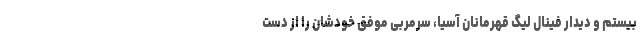
بیستم و دیدار فینال لیگ قهرمانان آسیا، سرمربی موفق خودشان را از دست